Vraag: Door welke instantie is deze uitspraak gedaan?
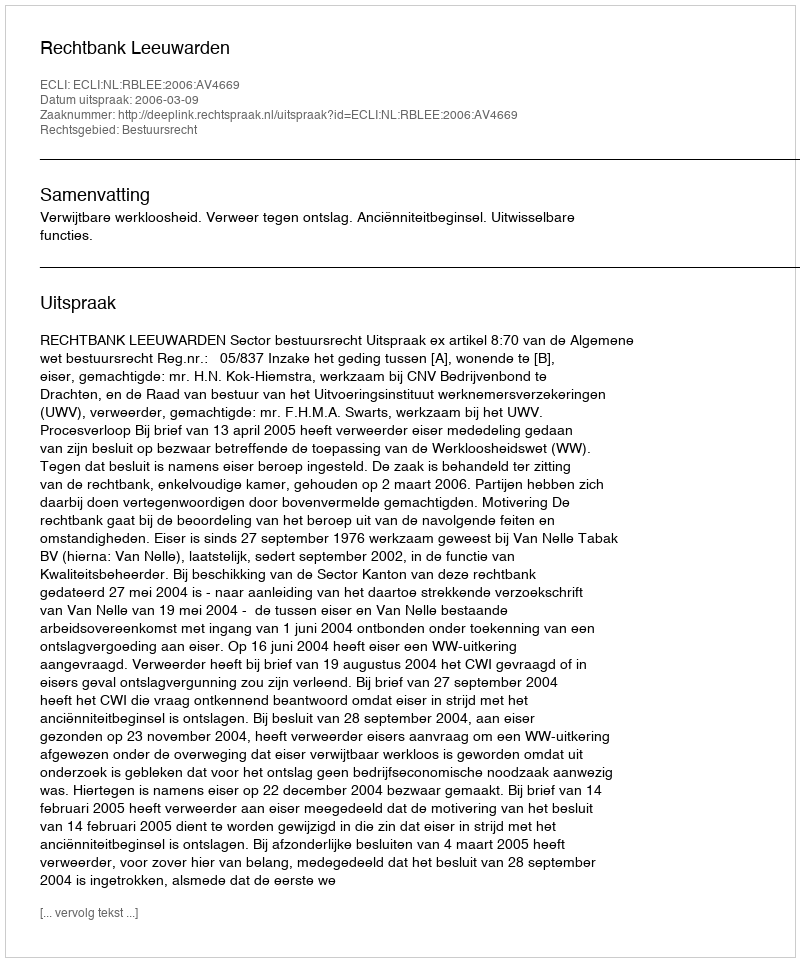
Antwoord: Rechtbank Leeuwarden